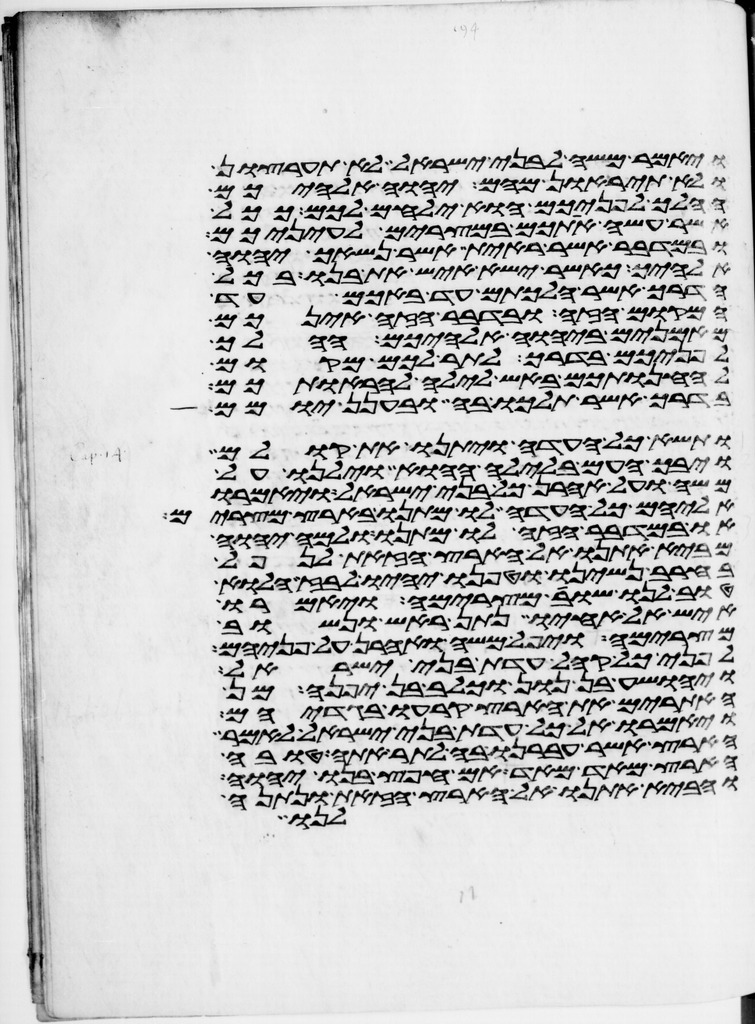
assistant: ויאמר משה לבני ישראל לא תערצון
ולא תיראון מהם יהוה אלהיכם
ההלך לפניכם הוא ילחם לכם ככל
אשר עשה אתכם במצרים לעיניכם
ובמדבר אשר ראית אשר נשאך יהוה
אלהיך כאשר ישא איש את בנו בכל
הדרך אשר הלכתם עד באכם עד
המקום הזה ובדבר הזה אינכם
מאמנים ביהוה אלהיכם ההלך
לפניכם בדרך לתור לכם מקום
להחנותכם באש לילה להראותכם
בדרך אשר תלכו בה ובענן יומם
ותשא כל העדה ויתנו את קולם
ויבך העם בלילה ההוא וילנו על
משה ועל אהרן כל בני ישראל ויאמרו
אליהם כל העדה לו מתנו בארץ מצרים
או במדבר הזה לו מתנו ולמה יהוה
מביא אתנו אל הארץ הזאת לנפל
בחרב נשינו וטפנו יהיו לבוז הלוא
טוב לנו שובה מצרימה ויאמרו
איש אל אחיו נתן ראש ונשוב
מצרימה ויפל משה ואהרן על פניהם
לפני כל קהל עדת בני ישראל
ויהושע בן נון וכלב בן יפנה מן
האתורים את הארץ קרעו בגדיהם
ויאמרו אל כל עדת בני ישראל לאמר
הארץ אשר עברנו בה לתור אתה טובה
הארץ מאד מאד אם חפץ בנו יהוה
והביא אתנו אל הארץ הזאת ונתנה
לנו